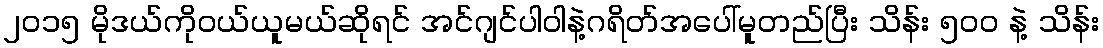
၂ဝ၁၅ မိုဒယ်ကိုဝယ်ယူမယ်ဆိုရင် အင်ဂျင်ပါဝါနဲ့ဂရိတ်အပေါ်မူတည်ပြီး သိန်း ၅ဝဝ နဲ့ သိန်း